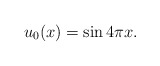
\begin{align*}u_0(x) = \sin 4\pi x.\end{align*}